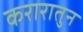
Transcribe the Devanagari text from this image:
करारातुन